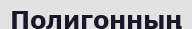
Полигонның